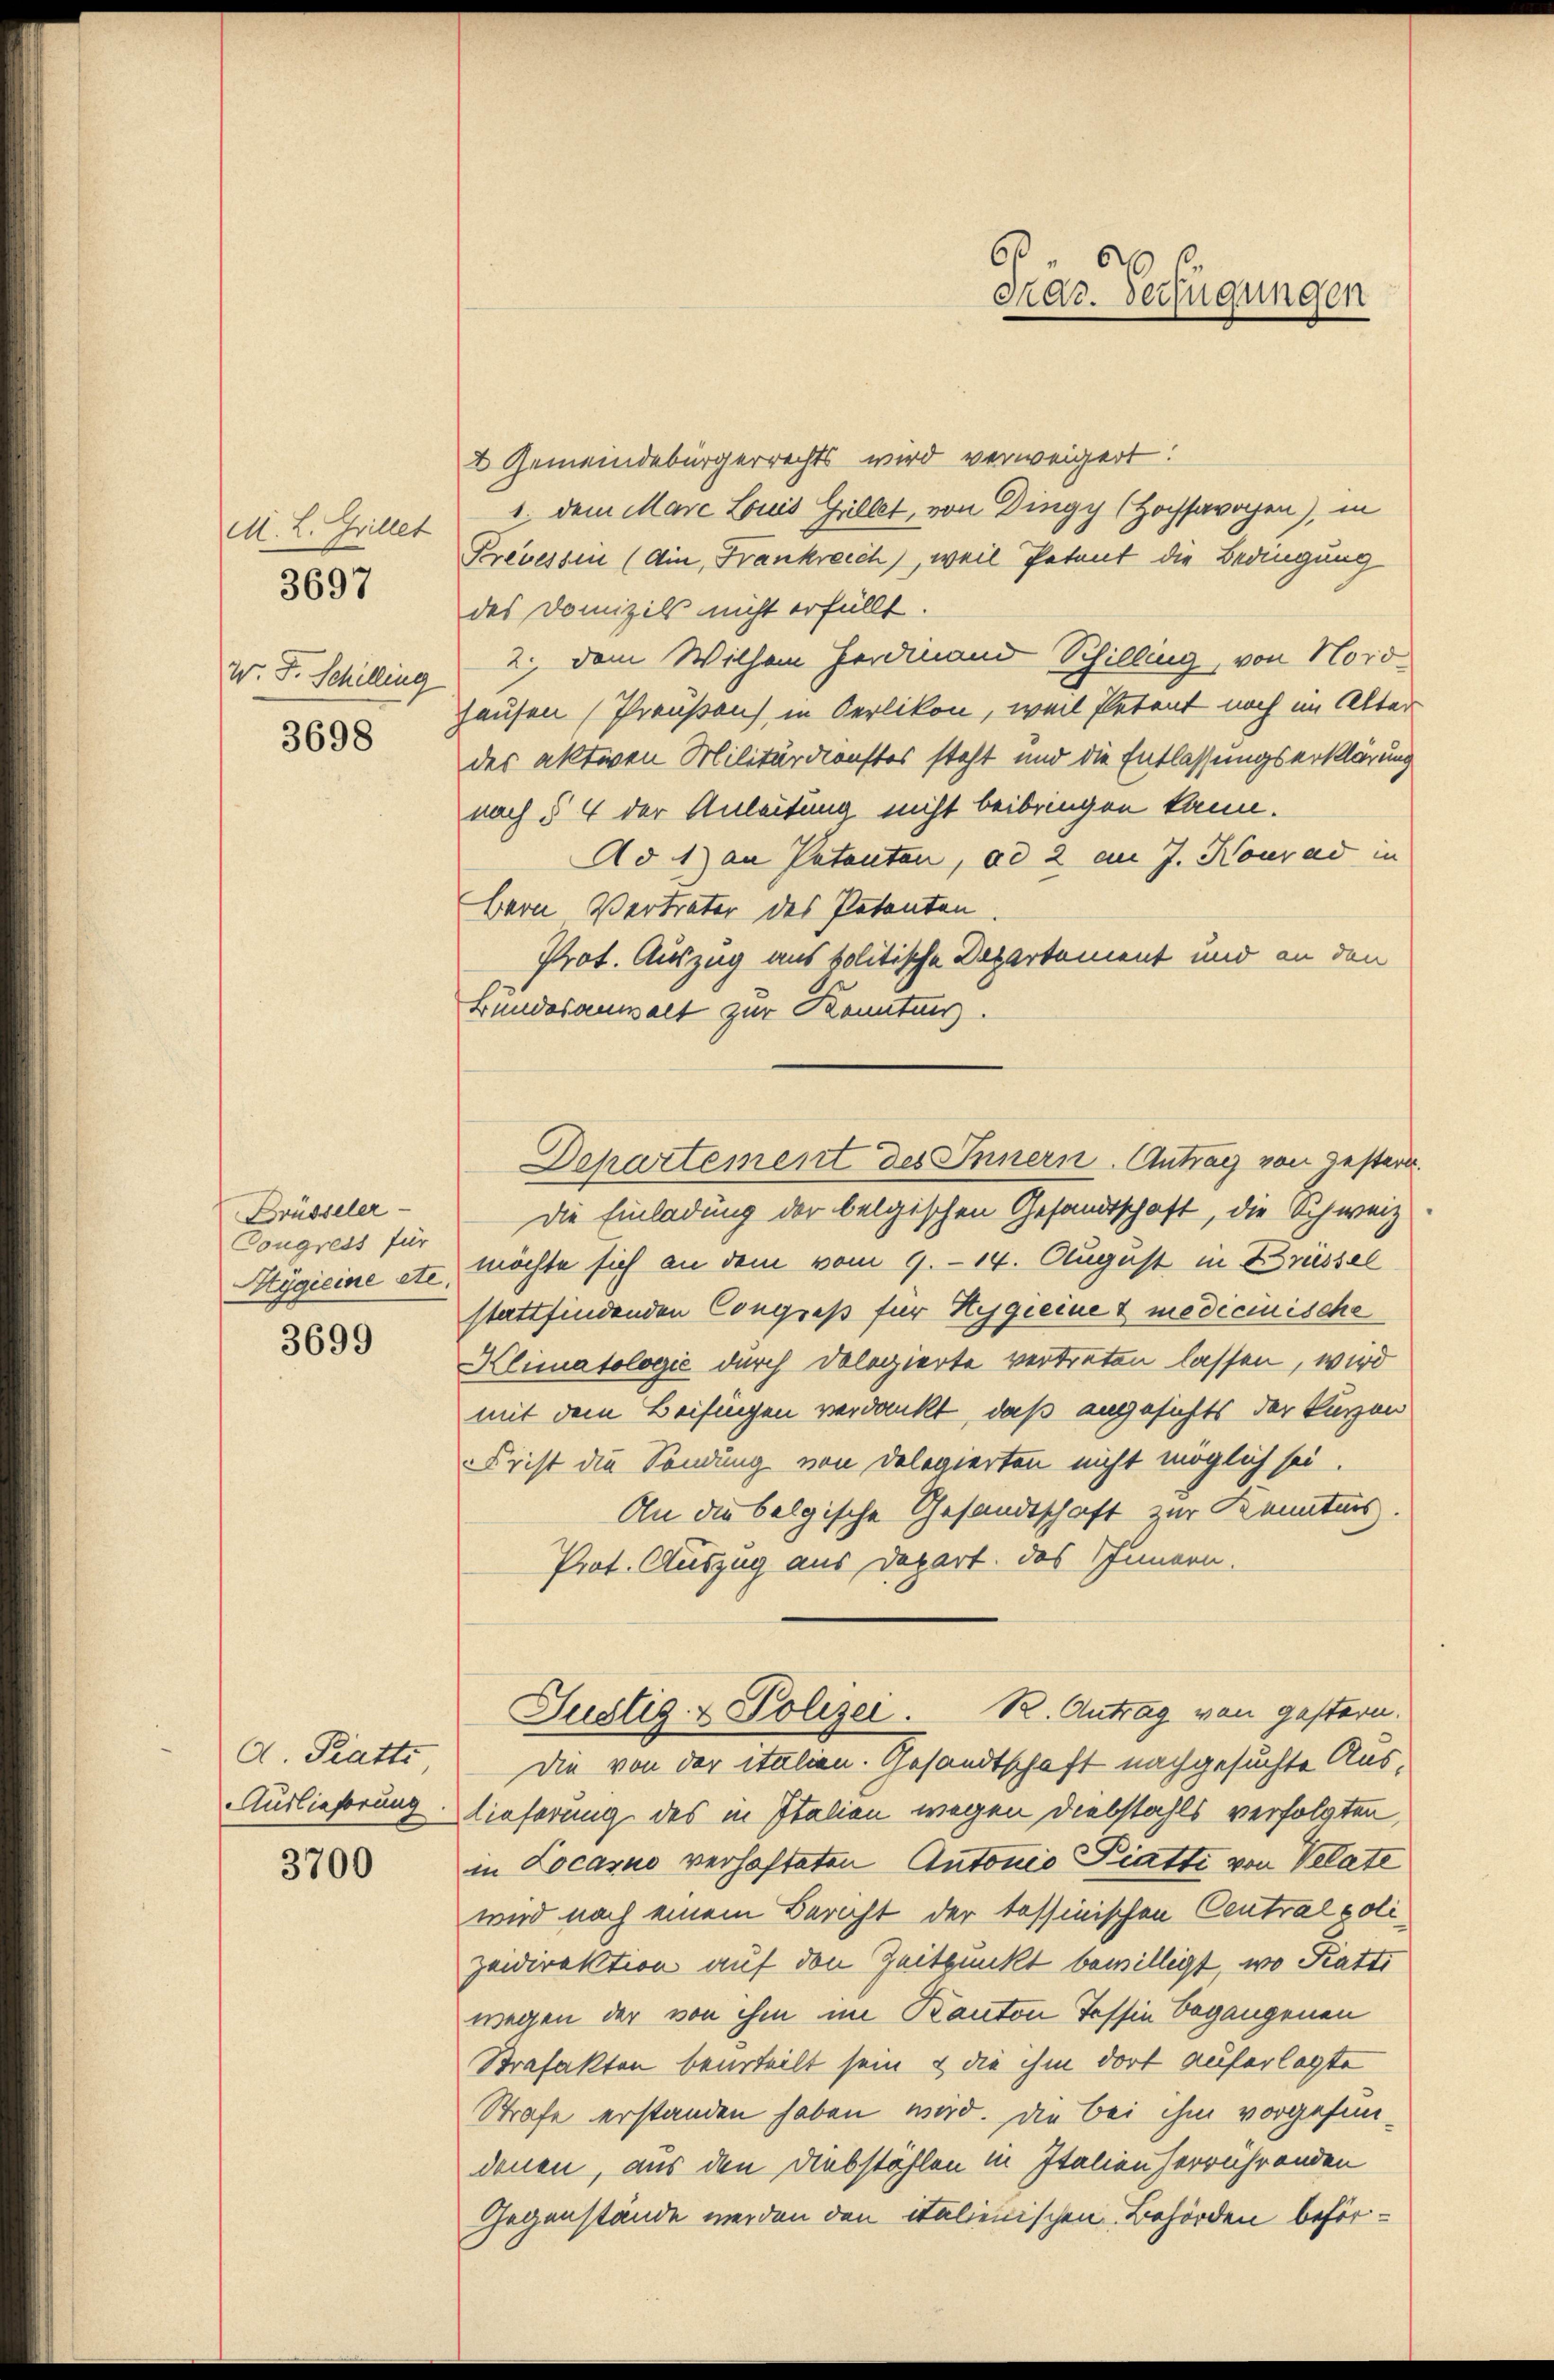
M. L. Grillet
W. F. Schilling
3698

3697

Brüsseler
Congress für
Mygieine etc.

3699

A. Pratte
Auslieferung

3700

2 Gemeindebürgerrechts wird verweigert:
1. dem Marc Louis Grillet, von Dingy (Hochsarochen), in
Prevessin (din, Frankreich), weil Petent die Bedingung
des Domizils nicht erfüllt.
2. dem Wilhem Ferdinand Schilling, von Nordhausen (Preußen) in Oerlikon, weil Petent noch im Alter
des aktiven Militärdienstes steht und die Entlassungserklärung
nach § 4 der Anleitung nicht beibringen kann.
Ad 1) an Patenten, ad 2 im J. Konrad in
bern Vertrater des Petenten
Prot. Auszug aus politische Departement und an den
Bundesanwalt zur Kenntung.
Die Einladung der belgischen Gesandtschaft, die Schweiz
möchte sich an dem vom 9. 14. August in Brüssel
stattfindenden Congreß für Hygieine & medicinische
Klimatologić durch Dologierte vertreten lassen, wird
mit dem Beisingen verdankt, daß angesichts der kurzen
Frist die Sendung von Delegierten nicht möglich sei.
An die belgische Gesandtschaft zur Kenntnis.
Prot. Auszug aus Depart. Das Innern.
Justiz- & Polizei. R. Antrag von gestern.
Die von der italien. Gesandtschaft nachgesuchte Auslieferung des in Italien wegen Diebstahls verfolgten,
in Locarno verhafteten Antonio Diatti von Velate
wird nach einem Bericht der tessinischen Centralpolizeidirektion auf den Zeitpunkt bewilligt, wo Katti
wegen der von ihm im Kanton Tessin begangenen
Strafakten beurteilt sein & die ihm dort auferlegte
Strafe erstanden haben wird. Die bei ihm vorgefundenen, aus den Diebstahlen in Italien herrührenden
Gegenstände werden den italienischen Behörden beför¬

Fras Verfügungen

Departement des Innern. Antrag von gestern.